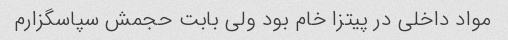
مواد داخلی در پیتزا خام بود ولی بابت حجمش سپاسگزارم